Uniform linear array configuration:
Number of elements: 64
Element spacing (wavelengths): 0.75
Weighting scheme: kaiser
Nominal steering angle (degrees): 15
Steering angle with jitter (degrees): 15.403
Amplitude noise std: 0.05
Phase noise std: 0.05

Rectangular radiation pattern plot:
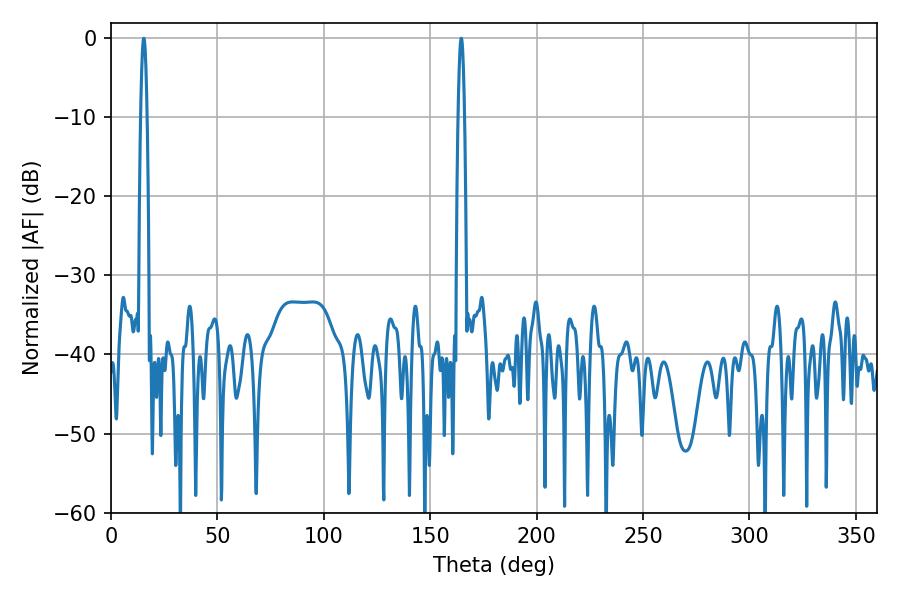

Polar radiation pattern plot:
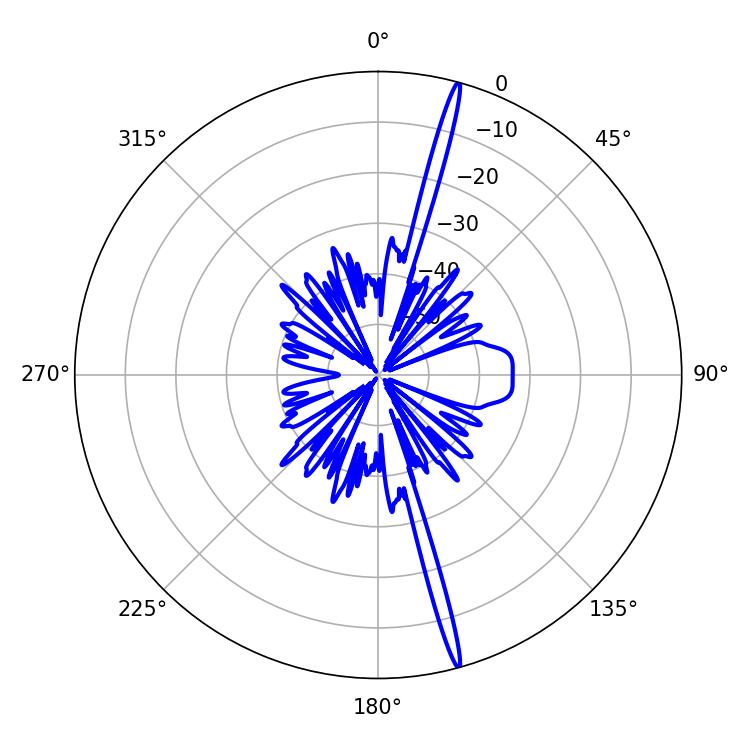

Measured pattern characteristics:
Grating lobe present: TRUE
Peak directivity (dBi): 20.621
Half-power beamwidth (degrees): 1.62
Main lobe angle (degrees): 164.52